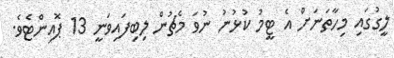
ލީގުގައި މިހާތަނަށް އެ ޓީމު ކުޅުނު ނުވަ މެޗުން ލިބިފައިވަނީ 13 ޕޮއިންޓެވެ.